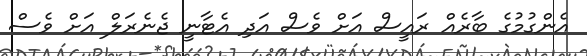
އެންގުމުގެ ބާރެއް ރައީސް އަށް ވެސް އަދި އެޓާނީ ޖެނެރަލް އަށް ވެސް